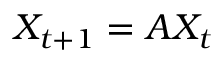
X _ { t + 1 } = A X _ { t }